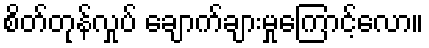
စိတ်တုန်လှုပ် ချောက်ချားမှုကြောင့်လော။